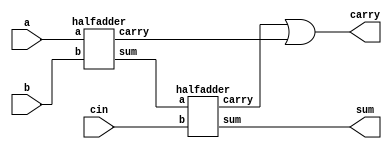
module fulladder(
  input a,b,cin,
  output sum,carry);
  wire x,y,z;
  halfadder ha1(.a(a),.b(b),.sum(x),.carry(y));
  halfadder ha2(.a(x),.b(cin),.sum(sum),.carry(z));
  or (carry,z,y);
endmodule
module halfadder(
  input a,b,
  output sum,carry);
  xor (sum,a,b);
  and (carry,a,b);
endmodule